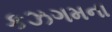
કઝગમના